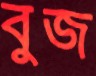
বুজ